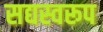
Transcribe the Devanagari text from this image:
सद्यस्वरूप